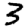
Digit: 3